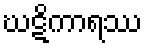
ဃဋိကာရဿ